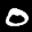
Label: 0